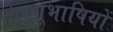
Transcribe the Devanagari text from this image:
तेलुगूभाषियों